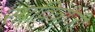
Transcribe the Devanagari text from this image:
सावित्रीजी